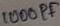
Text: 1000pF